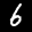
Label: 6